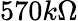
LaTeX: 570k\Omega